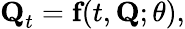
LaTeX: \textbf{Q}_{t}={\textbf{f}}(t,\textbf{Q};\theta),